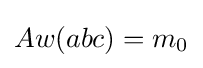
Aw(abc)=m_{0}